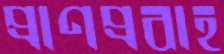
প্রাণপ্রবাহ